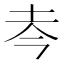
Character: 𰉜